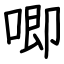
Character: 唧